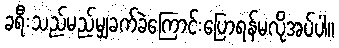
ခရီးသည်မည်မျှခက်ခဲကြောင်းပြောရန်မလိုအပ်ပါ။